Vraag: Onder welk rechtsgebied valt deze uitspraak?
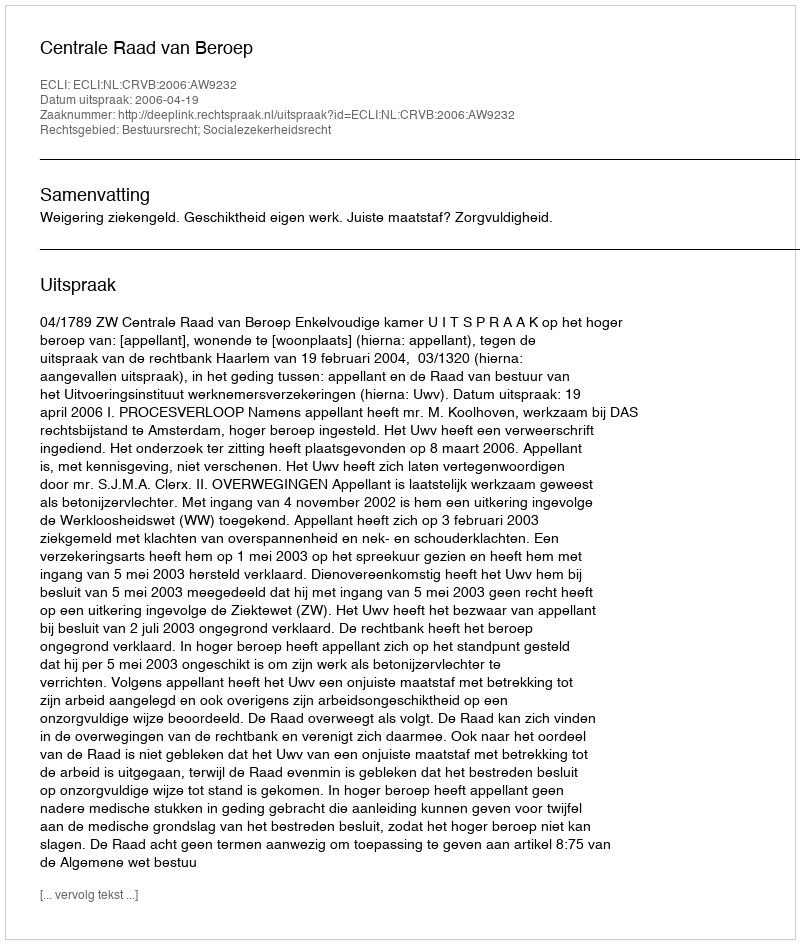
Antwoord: Bestuursrecht; Socialezekerheidsrecht